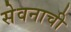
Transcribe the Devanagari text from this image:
सेवनाची